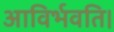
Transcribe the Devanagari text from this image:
आविर्भवति।